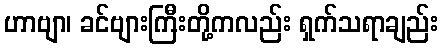
ဟာဗျာ၊ ခင်ဗျားကြီးတို့ကလည်း ရှက်သရာချည်း